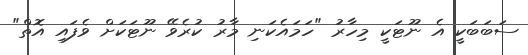
ސަބަބަކީ އެ ނޫޓަކީ މިހާރު "ހަމައެކަނި މާރު ކުރެވޭ ނޫޓަކަށް ވެފައި އޮތް"